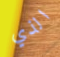
الذي